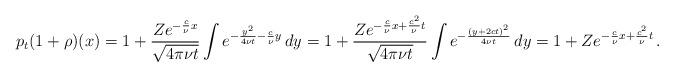
LaTeX: \begin{align*}p_t (1+\rho) (x) = 1+\frac{Z e^{-\frac c\nu x}}{\sqrt{4\pi\nu t}} \int e^{-\frac {y^2}{4\nu t}-\frac {c}{\nu} y} \, dy = 1+\frac{Z e^{-\frac c\nu x + \frac{c^2}{\nu} t }}{\sqrt{4\pi \nu t}} \int e^{-\frac{(y+ 2c t)^2}{4\nu t}} \, dy = 1+Z e^{-\frac c\nu x + \frac{c^2}{\nu} t }\, . \end{align*}